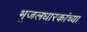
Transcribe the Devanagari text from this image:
भूजलधारकांच्या